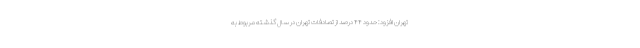
تهران افزود: حدود ۴۴ درصد از تصادفات تهران در سال گذشته مربوط به